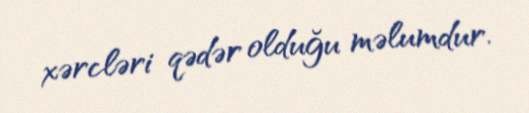
xərcləri qədər olduğu məlumdur.